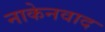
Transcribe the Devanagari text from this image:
नाकेनवाद